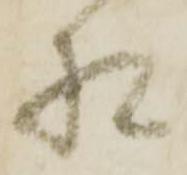
相